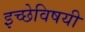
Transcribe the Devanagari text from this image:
इच्छेविषयी